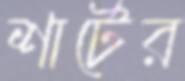
শার্টের